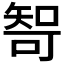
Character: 𰦘